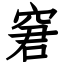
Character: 窘